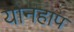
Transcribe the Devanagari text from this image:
योनहाप